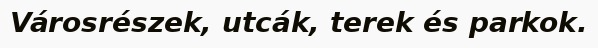
Városrészek, utcák, terek és parkok.